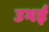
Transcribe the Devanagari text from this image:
उभई